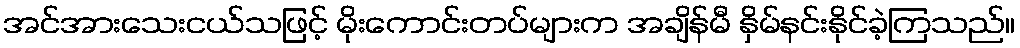
အင်အားသေးငယ်သဖြင့် မိုးကောင်းတပ်များက အချိန်မီ နှိမ်နင်းနိုင်ခဲ့ကြသည်။